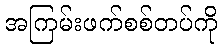
အကြမ်းဖက်စစ်တပ်ကို